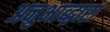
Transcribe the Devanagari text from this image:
अनुभाव्द्वारा